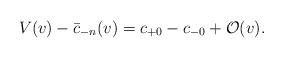
LaTeX: \begin{align*} V(v)-\bar{c}_{-n}(v)=c_{+0}-c_{-0}+\mathcal{O}(v).\end{align*}